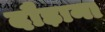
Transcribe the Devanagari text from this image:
दौड़ाना